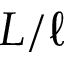
L / \ell